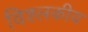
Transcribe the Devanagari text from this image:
विश्लकीय